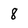
Character: 8